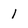
Character: l